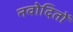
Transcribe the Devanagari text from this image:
नवोदितों